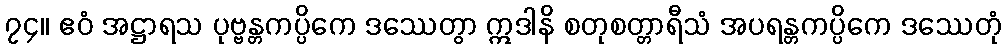
၇၄။ ဧဝံ အဋ္ဌာရသ ပုဗ္ဗန္တကပ္ပိကေ ဒဿေတွာ ဣဒါနိ စတုစတ္တာရီသံ အပရန္တကပ္ပိကေ ဒဿေတုံ